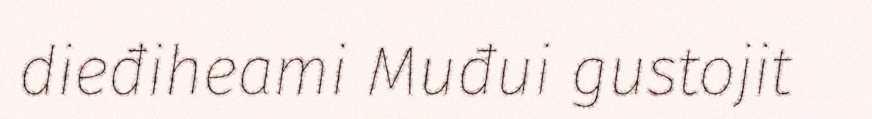
dieđiheami Muđui gustojit